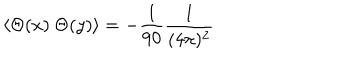
\langle \Theta ( x ) \ \Theta ( y ) \rangle = - \frac { 1 } { 9 0 } \frac { 1 } { ( 4 \pi ) ^ { 2 } }